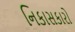
નિકાસકારો